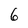
Character: 6